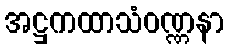
အဋ္ဌကထာသံဝဏ္ဏနာ